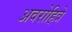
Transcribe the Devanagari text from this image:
अवरोहित्रे